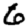
Digit: 6